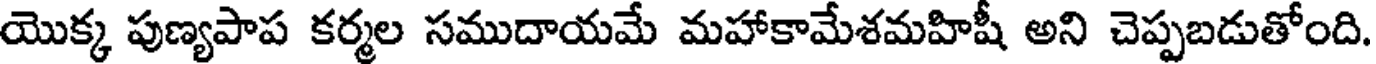
యొక్క పుణ్యపాప కర్మల సముదాయమే మహాకామేశమహిషీ అని చెప్పబడుతోంది